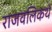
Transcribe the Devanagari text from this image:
राजवलिकथे